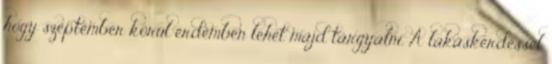
hogy szeptember körül érdemben lehet majd tárgyalni. A lakáskérdéssel